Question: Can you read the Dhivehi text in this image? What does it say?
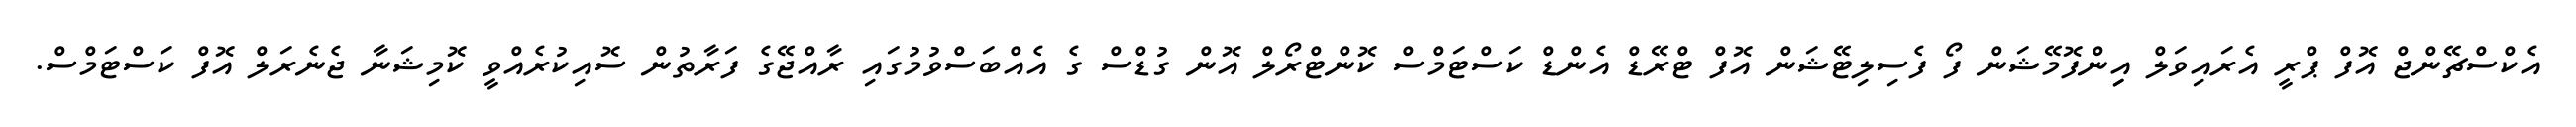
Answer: އެކްސްޗޭންޖް އޮފް ޕްރީ އެރައިވަލް އިިންފޮމޭޝަން ފޯ ފެސިލިޓޭޝަން އޮފް ޓްރޭޑް އެންޑް ކަސްޓަމްސް ކޮންޓްރޯލް އޮން ގުޑްސް ގެ އެއްބަސްވުމުގައި ރާއްޖޭގެ ފަރާތުން ސޮއިކުރެއްވީ ކޮމިޝަނާ ޖެނެރަލް އޮފް ކަސްޓަމްސް.